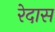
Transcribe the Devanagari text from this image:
रेदास